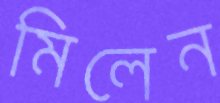
মিলেন